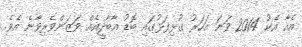
އެއާ އެކު 2014 ވަނަ އަހަރު ގުޅިފަޅުގައި ބޮޑު އާބާދީއެއް ވަޒަންވެރިވާނެ އެވެ.